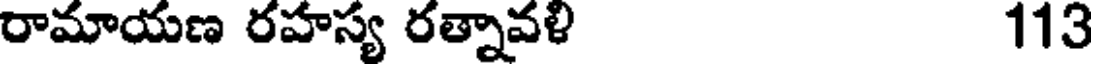
రామాయణ రహస్య రత్నావళి 113